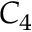
C _ { 4 }